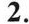
2.